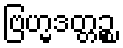
ဗြဟ္မဒတ္တဉ္စ